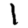
Digit: 1